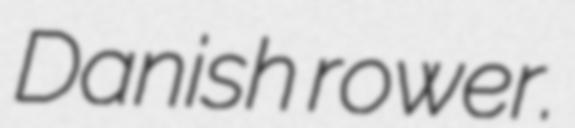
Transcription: Danish rower.